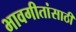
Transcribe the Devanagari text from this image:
भावगीतांसाठी